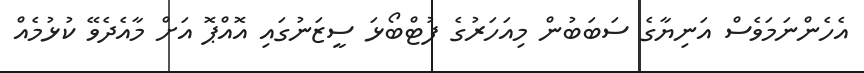
އެހެންނަމަވެސް އަނިޔާގެ ސަބަބުން މިއަހަރުގެ ފުޓްބޯޅަ ސީޒަނުގައި އޮއްޕޮ އަށް މާއެދެވޭ ކުޅުމެއް